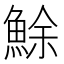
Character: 鮽